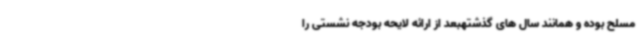
مسلح بوده و همانند سال های گذشتهبعد از ارائه لایحه بودجه نشستی را